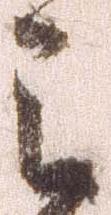
之